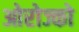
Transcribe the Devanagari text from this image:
ओरोज्को